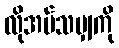
လိုအပ်သမျှကို